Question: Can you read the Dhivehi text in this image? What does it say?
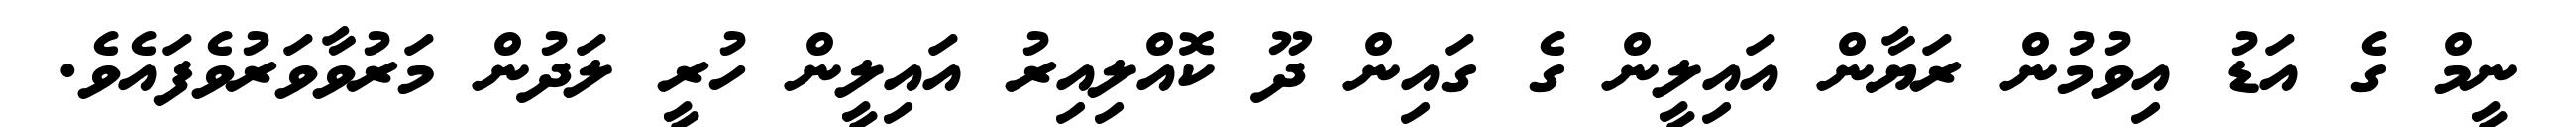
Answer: ނީމް ގެ އަޑު އިވުމުން ރަޔާން އައިލީން ގެ ގައިން ދޫ ކޮއްލިއިރު އައިލީން ހުރީ ލަދުން މަރުވާވަރުވެފައެވެ.